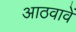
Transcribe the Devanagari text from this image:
आठवावें